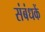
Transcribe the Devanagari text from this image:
संबंधकें